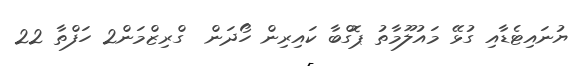
ޔުނައިޓެޑާއި ގުޅޭ މައުލޫމާތު ޕޮގްބާ ކައިރިން ހޯދަން  ގްރިޒްމަން2 ހަފްތާ 22